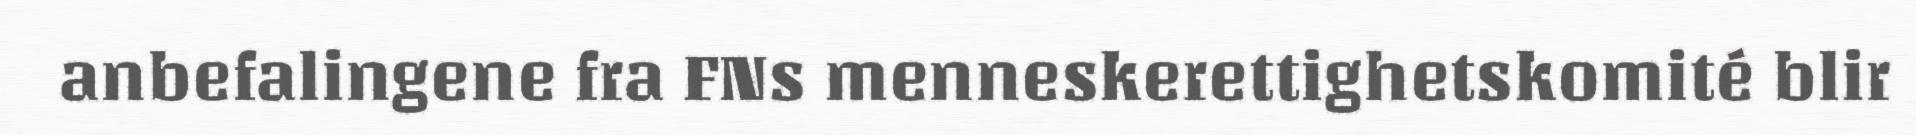
anbefalingene fra FNs menneskerettighetskomité blir